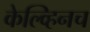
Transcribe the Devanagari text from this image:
केल्व्हिनच